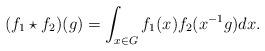
LaTeX: \begin{align*} (f_1 \star f_2)(g) = \int_{x \in G} f_1(x) f_2(x^{-1} g) dx. \end{align*}